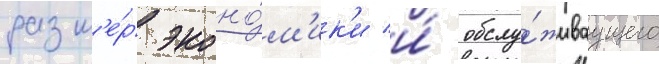
разм'е́р эконо́м'ик'и и́ обслу́живаущего